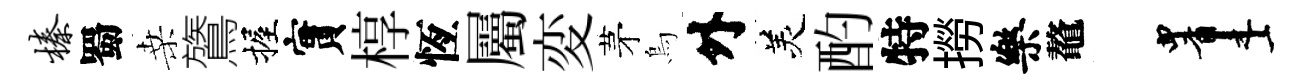
榛蜀桑鷟握實椁恆屬変茅烏外羙酌特撈樂鼇画